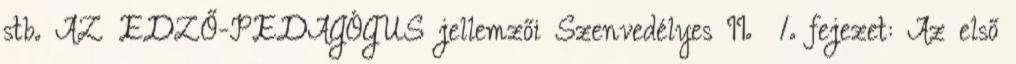
stb. AZ EDZŐ-PEDAGÓGUS jellemzői Szenvedélyes II. 1. fejezet: Az első